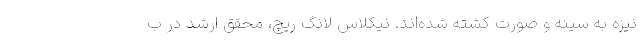
نیزه به سینه و صورت کشته شده‌اند. نیکلاس لانگ ریچ، محقق ارشد در ب